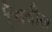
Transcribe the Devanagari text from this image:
चिवील